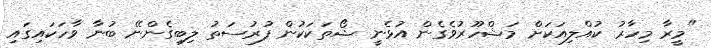
"މީރާ މިހާރު ކުއްލިއަކަށް މަޝްހޫރުވެގެން އުޅެނީ ޝޯތަކަކުން ފުރުސަތު ލިބިގެންނޭ ބުނާ ވާހަކައިގައި